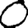
Digit: 0